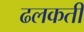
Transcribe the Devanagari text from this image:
ढलकती